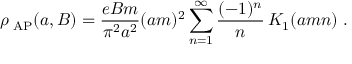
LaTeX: \rho _ { \mathrm { \tiny ~ A P } } ( a , B ) = { \frac { e B m } { \pi ^ { 2 } a ^ { 2 } } } ( a m ) ^ { 2 } \sum _ { n = 1 } ^ { \infty } { \frac { ( - 1 ) ^ { n } } { n } } \, K _ { 1 } ( a m n ) \; .